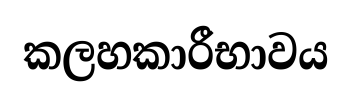
කලහකාරීභාවය